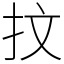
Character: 抆